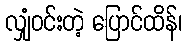
လျှံဝင်းတဲ့ ပြောင်ထိန်၊